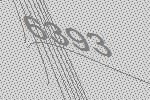
6393